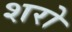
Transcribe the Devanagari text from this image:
शरो